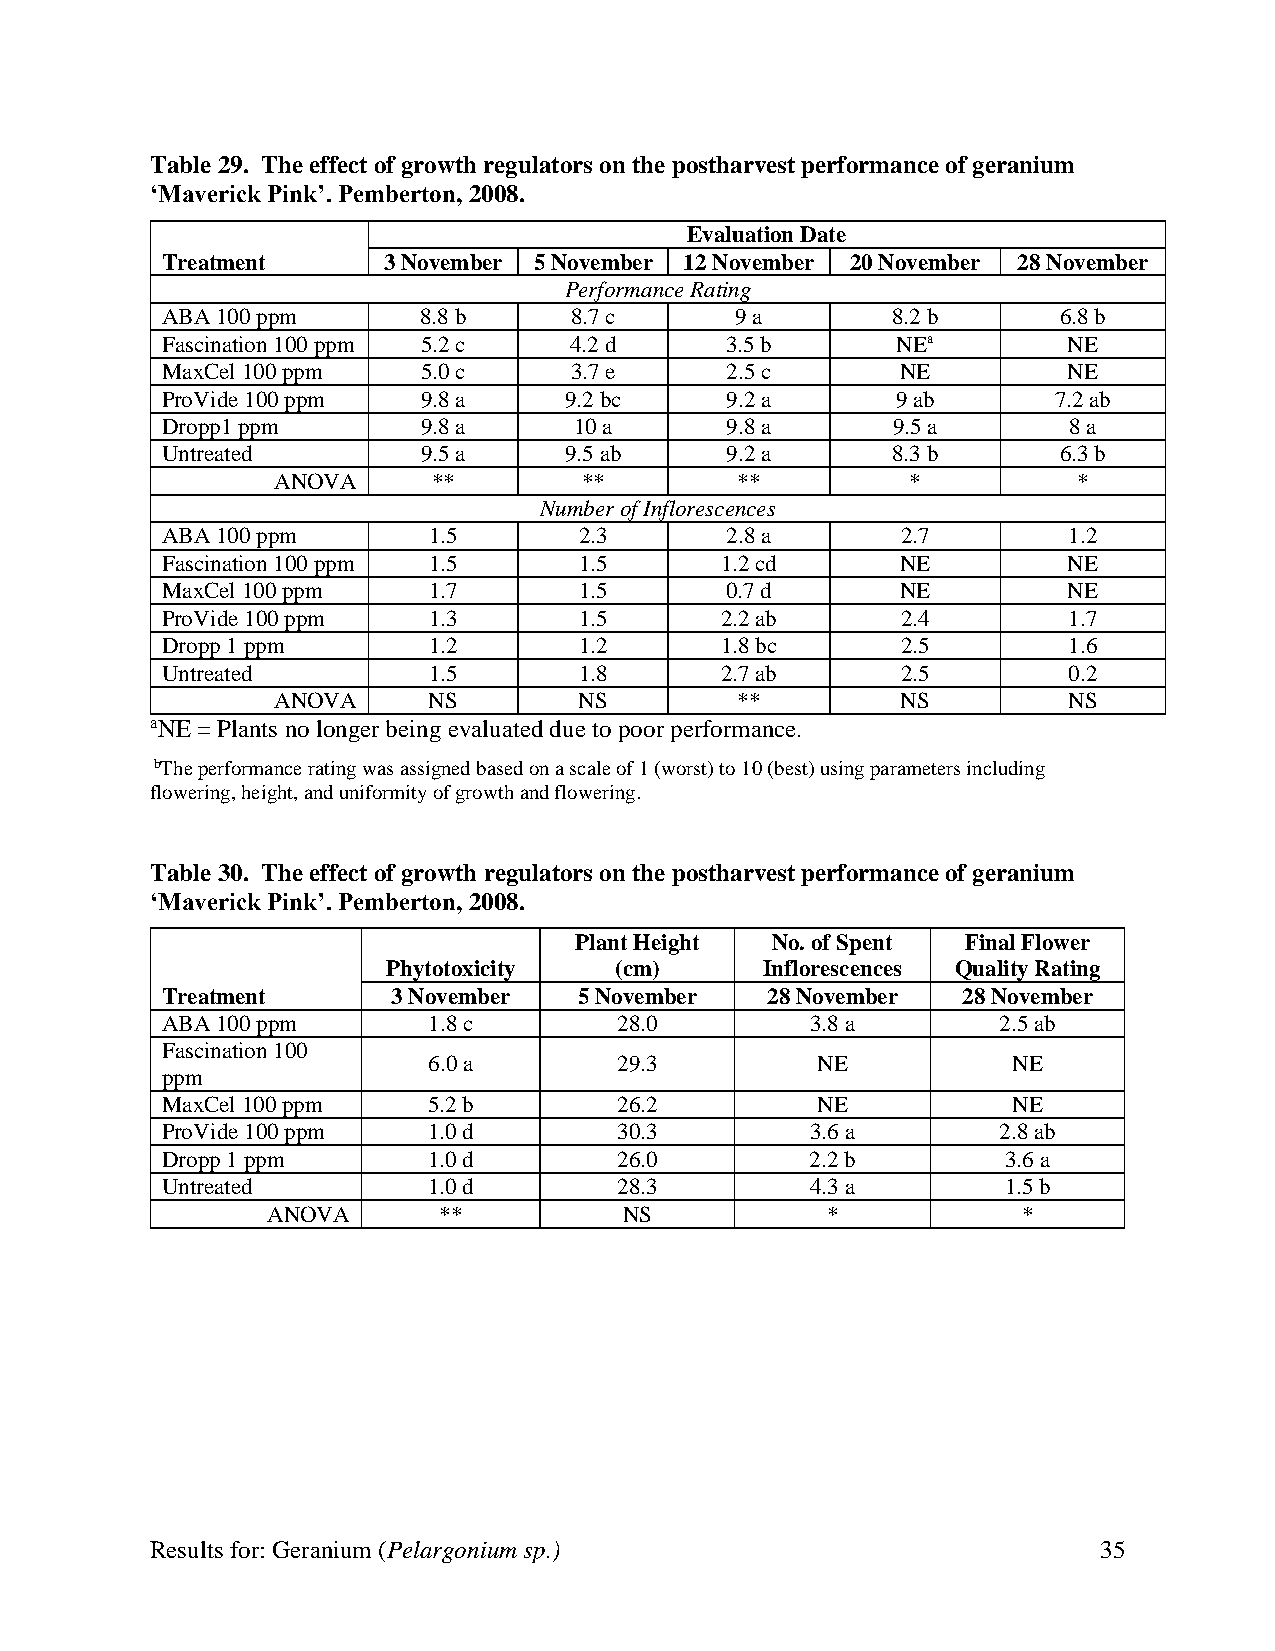
Table 29. The effect of growth regulators on the postharvest performance of geranium
 ‘Maverick Pink’. Pemberton, 2008.
 Evaluation Date
 Treatment     3 November 5 November 12 November 20 November 28 November
 Performance Rating
 ABA 100 ppm      8.8 b     8.7 c      9 a       8.2 b      6.8 b
 Fascination 100 ppm 5.2 c  4.2 d     3.5 b      NEa         NE
 MaxCel 100 ppm   5.0 c     3.7 e     2.5 c       NE         NE
 ProVide 100 ppm  9.8 a    9.2 bc     9.2 a      9 ab       7.2 ab
 Dropp1 ppm       9.8 a     10 a      9.8 a      9.5 a       8 a
 Untreated        9.5 a    9.5 ab     9.2 a      8.3 b      6.3 b
 ANOVA      **        **        **         *          *
 Number of Inflorescences
 ABA 100 ppm      1.5       2.3       2.8 a       2.7        1.2
 Fascination 100 ppm 1.5    1.5       1.2 cd      NE         NE
 MaxCel 100 ppm   1.7       1.5       0.7 d       NE         NE
 ProVide 100 ppm  1.3       1.5       2.2 ab      2.4        1.7
 Dropp 1 ppm      1.2       1.2       1.8 bc      2.5        1.6
 Untreated        1.5       1.8       2.7 ab      2.5        0.2
 ANOVA     NS        NS         **         NS         NS
 aNE = Plants no longer being evaluated due to poor performance.
 bThe performance rating was assigned based on a scale of 1 (worst) to 10 (best) using parameters including
 flowering, height, and uniformity of growth and flowering.
 Table 30. The effect of growth regulators on the postharvest performance of geranium
 ‘Maverick Pink’. Pemberton, 2008.
 Plant Height No. of Spent Final Flower
 Phytotoxicity  (cm)      Inflorescences Quality Rating
 Treatment      3 November  5 November   28 November  28 November
 ABA 100 ppm      1.8 c        28.0         3.8 a       2.5 ab
 Fascination 100
 6.0 a        29.3         NE           NE
 ppm
 MaxCel 100 ppm   5.2 b        26.2         NE           NE
 ProVide 100 ppm  1.0 d        30.3         3.6 a       2.8 ab
 Dropp 1 ppm      1.0 d        26.0         2.2 b        3.6 a
 Untreated        1.0 d        28.3         4.3 a        1.5 b
 ANOVA      **          NS            *            *
 Results for: Geranium (Pelargonium sp.)                        35